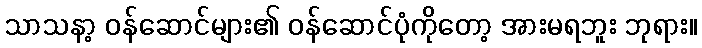
သာသနာ့ ဝန်ဆောင်များ၏ ဝန်ဆောင်ပုံကိုတော့ အားမရဘူး ဘုရား။